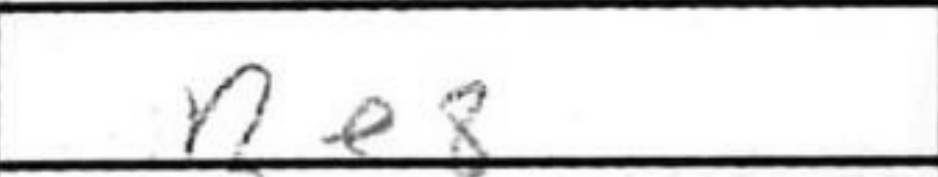
Transcription: Re8